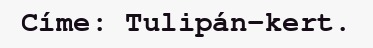
Címe: Tulipán-kert.